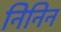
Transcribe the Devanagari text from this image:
निनिन